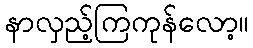
နာလှည့်ကြကုန်လော့။